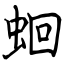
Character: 蛔